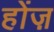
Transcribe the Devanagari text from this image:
होंज़